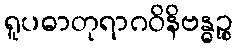
ရူပဓာတုရာဂဝိနိဗန္ဓဉ္စ